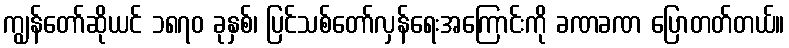
ကျွန်တော်ဆိုယင် ၁၈၇၀ ခုနှစ်၊ ပြင်သစ်တော်လှန်ရေးအကြောင်းကို ခဏခဏ ပြောတတ်တယ်။